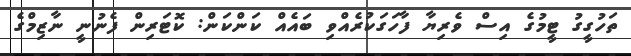
ތަހުގީގު ޓީމުގެ އިސް ވެރިޔާ ފާހަގަކުރެއްވި ބައެއް ކަންކަން: ކޮޓަރިން ފެނުނީ ނާޒިމްގެ